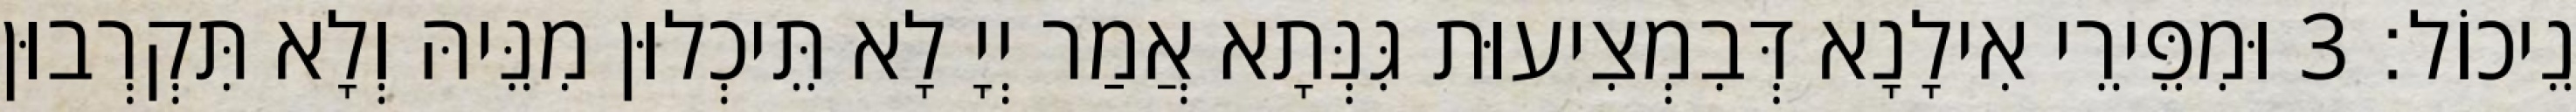
נֵיכוֹל׃ 3 וּמִפֵּירֵי אִילָנָא דְּבִמְצִיעוּת גִּנְּתָא אֲמַר יְיָ לָא תֵּיכְלוּן מִנֵּיהּ וְלָא תִּקְרְבוּן